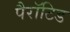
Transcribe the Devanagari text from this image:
पैरॉटिड